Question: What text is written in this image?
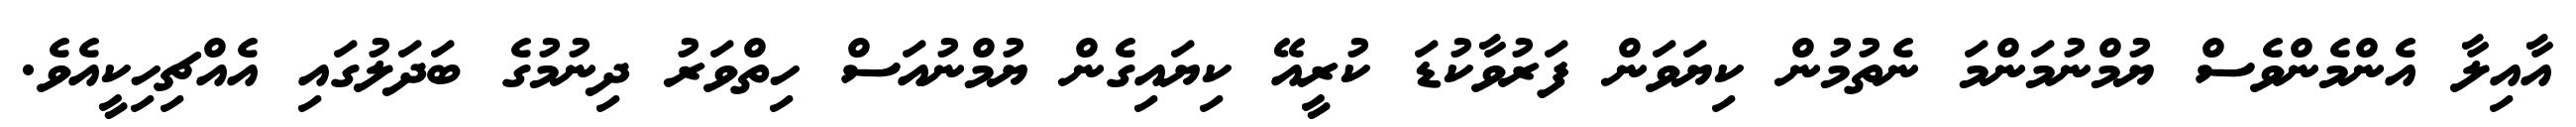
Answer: އާއިލާ އެންމެންވެސް ޔުމްނުމަންމަ ނެތުމުން ކިޔަވަން ފަރުވާކުޑަ ކުރީއޭ ކިޔައިގެން ޔުމްނުއަސް ހިތްވަރު ދިނުމުގެ ބަދަލުގައި އެއްޗިހިކީއެވެ.